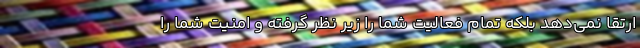
ارتقا نمی‌دهد بلکه تمام فعالیت شما را زیر نظر گرفته و امنیت شما را